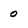
Character: 0